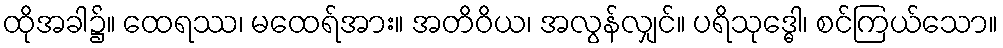
ထိုအခါ၌။ ထေရဿ၊ မထေရ်အား။ အတိဝိယ၊ အလွန်လျှင်။ ပရိသုဒ္ဓေါ၊ စင်ကြယ်သော။